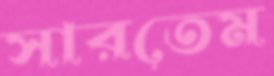
সারতেম